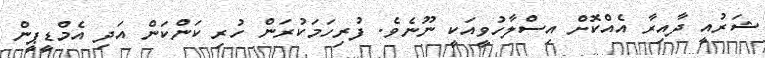
ޝަރުއީ ދާއިރާ އެއްކޮށް އިސްލާހުވީއަކީ ނޫނެވެ. ފުރިހަމަކުރަން ހުރި ކަންކަން އަދި އެމްޑީޕީން